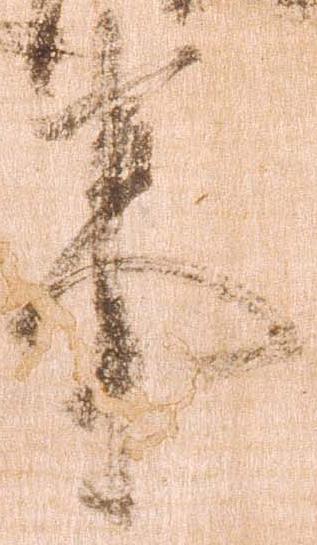
事